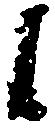
候